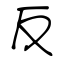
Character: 反